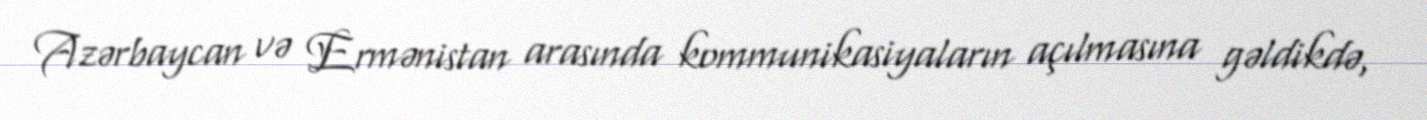
Azərbaycan və Ermənistan arasında kommunikasiyaların açılmasına gəldikdə,